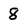
Character: 8